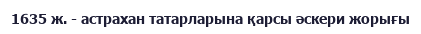
1635 ж. - астрахан татарларына қарсы әскери жорығы